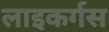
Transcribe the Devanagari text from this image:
लाइकर्गस